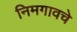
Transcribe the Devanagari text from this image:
निमगावचे